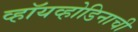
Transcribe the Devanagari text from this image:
व्हॉयव्होडिनाची